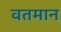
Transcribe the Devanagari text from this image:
वतमान